Annual report on the Civil Veterinary Department, Burma (including the Insein Veterinary School) - 1932-1941
Year: 1932
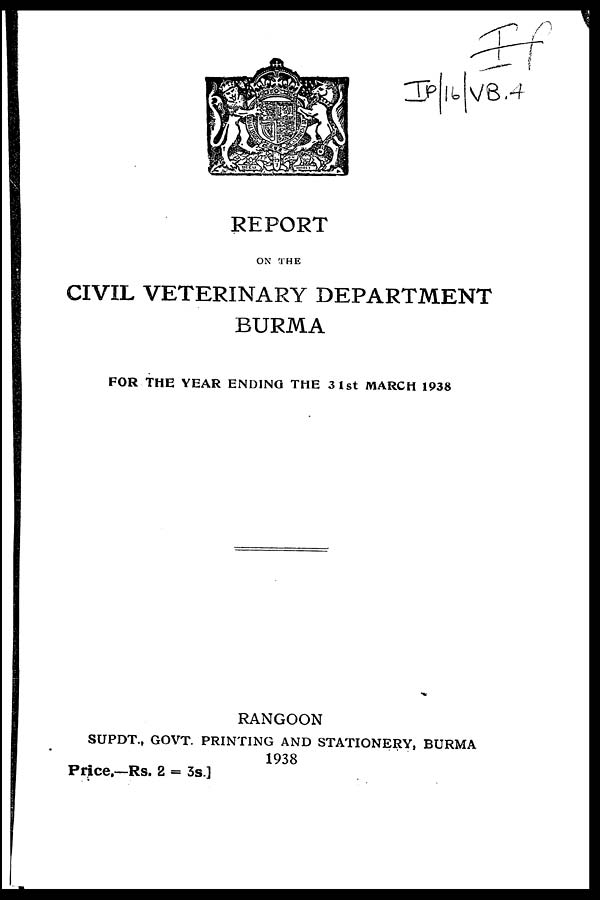
REPORT
ON THE
CIVIL VETERINARY DEPARTMENT
BURMA
FOR THE YEAR ENDING THE 3 1st MARCH 1938
RANGOON
SUPDT., GOVT. PRINTING AND STATIONERY, BURMA
1938
Price,—Rs. 2 = 3s.]